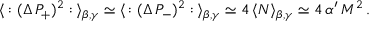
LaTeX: \langle \, : ( \Delta \, P _ { + } ) ^ { 2 } : \, \rangle _ { \beta , \gamma } \simeq \langle \, : ( \Delta \, P _ { - } ) ^ { 2 } : \, \rangle _ { \beta , \gamma } \simeq 4 \, \langle N \rangle _ { \beta , \gamma } \simeq 4 \, \alpha ^ { \prime } \, M ^ { 2 } \, .